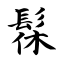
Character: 髹